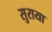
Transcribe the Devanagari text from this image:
सुराया